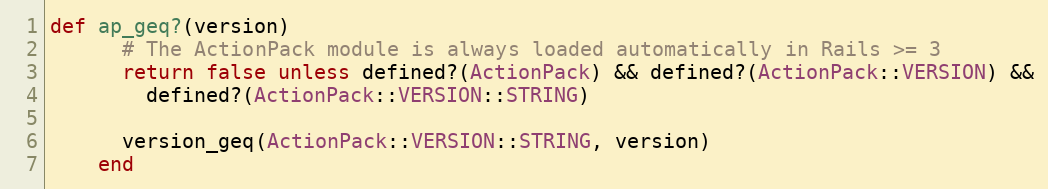
Language: Ruby
def ap_geq?(version)
      # The ActionPack module is always loaded automatically in Rails >= 3
      return false unless defined?(ActionPack) && defined?(ActionPack::VERSION) &&
        defined?(ActionPack::VERSION::STRING)

      version_geq(ActionPack::VERSION::STRING, version)
    end